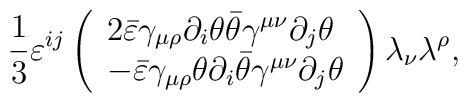
\frac 13\varepsilon ^{ij}\left( \begin{array}{l}2\bar{\varepsilon}\gamma _{\mu \rho }\partial _i\theta \bar{\theta}\gamma^{\mu \nu }\partial _j\theta \\ -\bar{\varepsilon}\gamma _{\mu \rho }\theta \partial _i\bar{\theta}\gamma^{\mu \nu }\partial _j\theta\end{array}\right) \lambda _\nu \lambda ^\rho ,